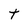
Character: t